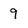
Character: 9